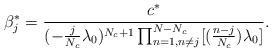
LaTeX: \begin{align*} \beta_j^*&=\frac{c^*}{(-\frac{j}{N_c}\lambda_{0})^{N_c+1} \prod_{n=1,n\neq j}^{N-N_c}[(\frac{n-j}{N_c})\lambda_{0}]}.\\ \end{align*}